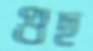
গুছ